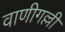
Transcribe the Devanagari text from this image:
वाणीगल्ली